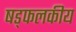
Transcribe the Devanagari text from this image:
षड्फलकीय